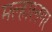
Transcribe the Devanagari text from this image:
मल्हारनगर